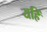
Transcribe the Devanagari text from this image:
यहिं